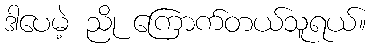
ဒါပေမဲ့ ညို ကြောက်တယ်သူရယ်။